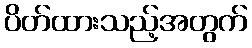
ပိတ်ထားသည့်အတွက်